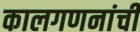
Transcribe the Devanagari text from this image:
कालगणनांची